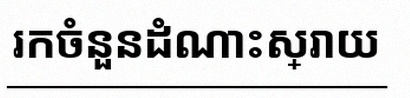
រកចំនួនដំណោះស្រាយ